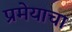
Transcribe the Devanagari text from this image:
प्रमेयाचा